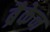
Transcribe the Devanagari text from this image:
ब्रैकेन